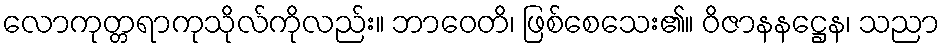
လောကုတ္တရာကုသိုလ်ကိုလည်း။ ဘာဝေတိ၊ ဖြစ်စေသေး၏။ ဝိဇာနနဋ္ဌေန၊ သညာ